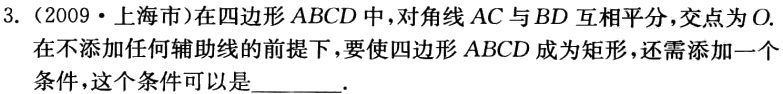
3.（2009·上海市）在四边形\(ABCD\)中，对角线\(AC\)与\(BD\)互相平分，交点为\(O.\)在不添加任何辅助线的前提下，要使四边形\(ABCD\)成为矩形，还需添加一个条件，这个条件可以是______.